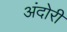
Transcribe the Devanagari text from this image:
अंदोरी